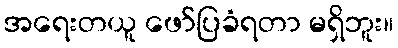
အရေးတယူ ဖော်ပြခံရတာ မရှိဘူး။